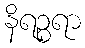
နိရဉ္စရာ